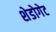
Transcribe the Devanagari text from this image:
शेडोगेट